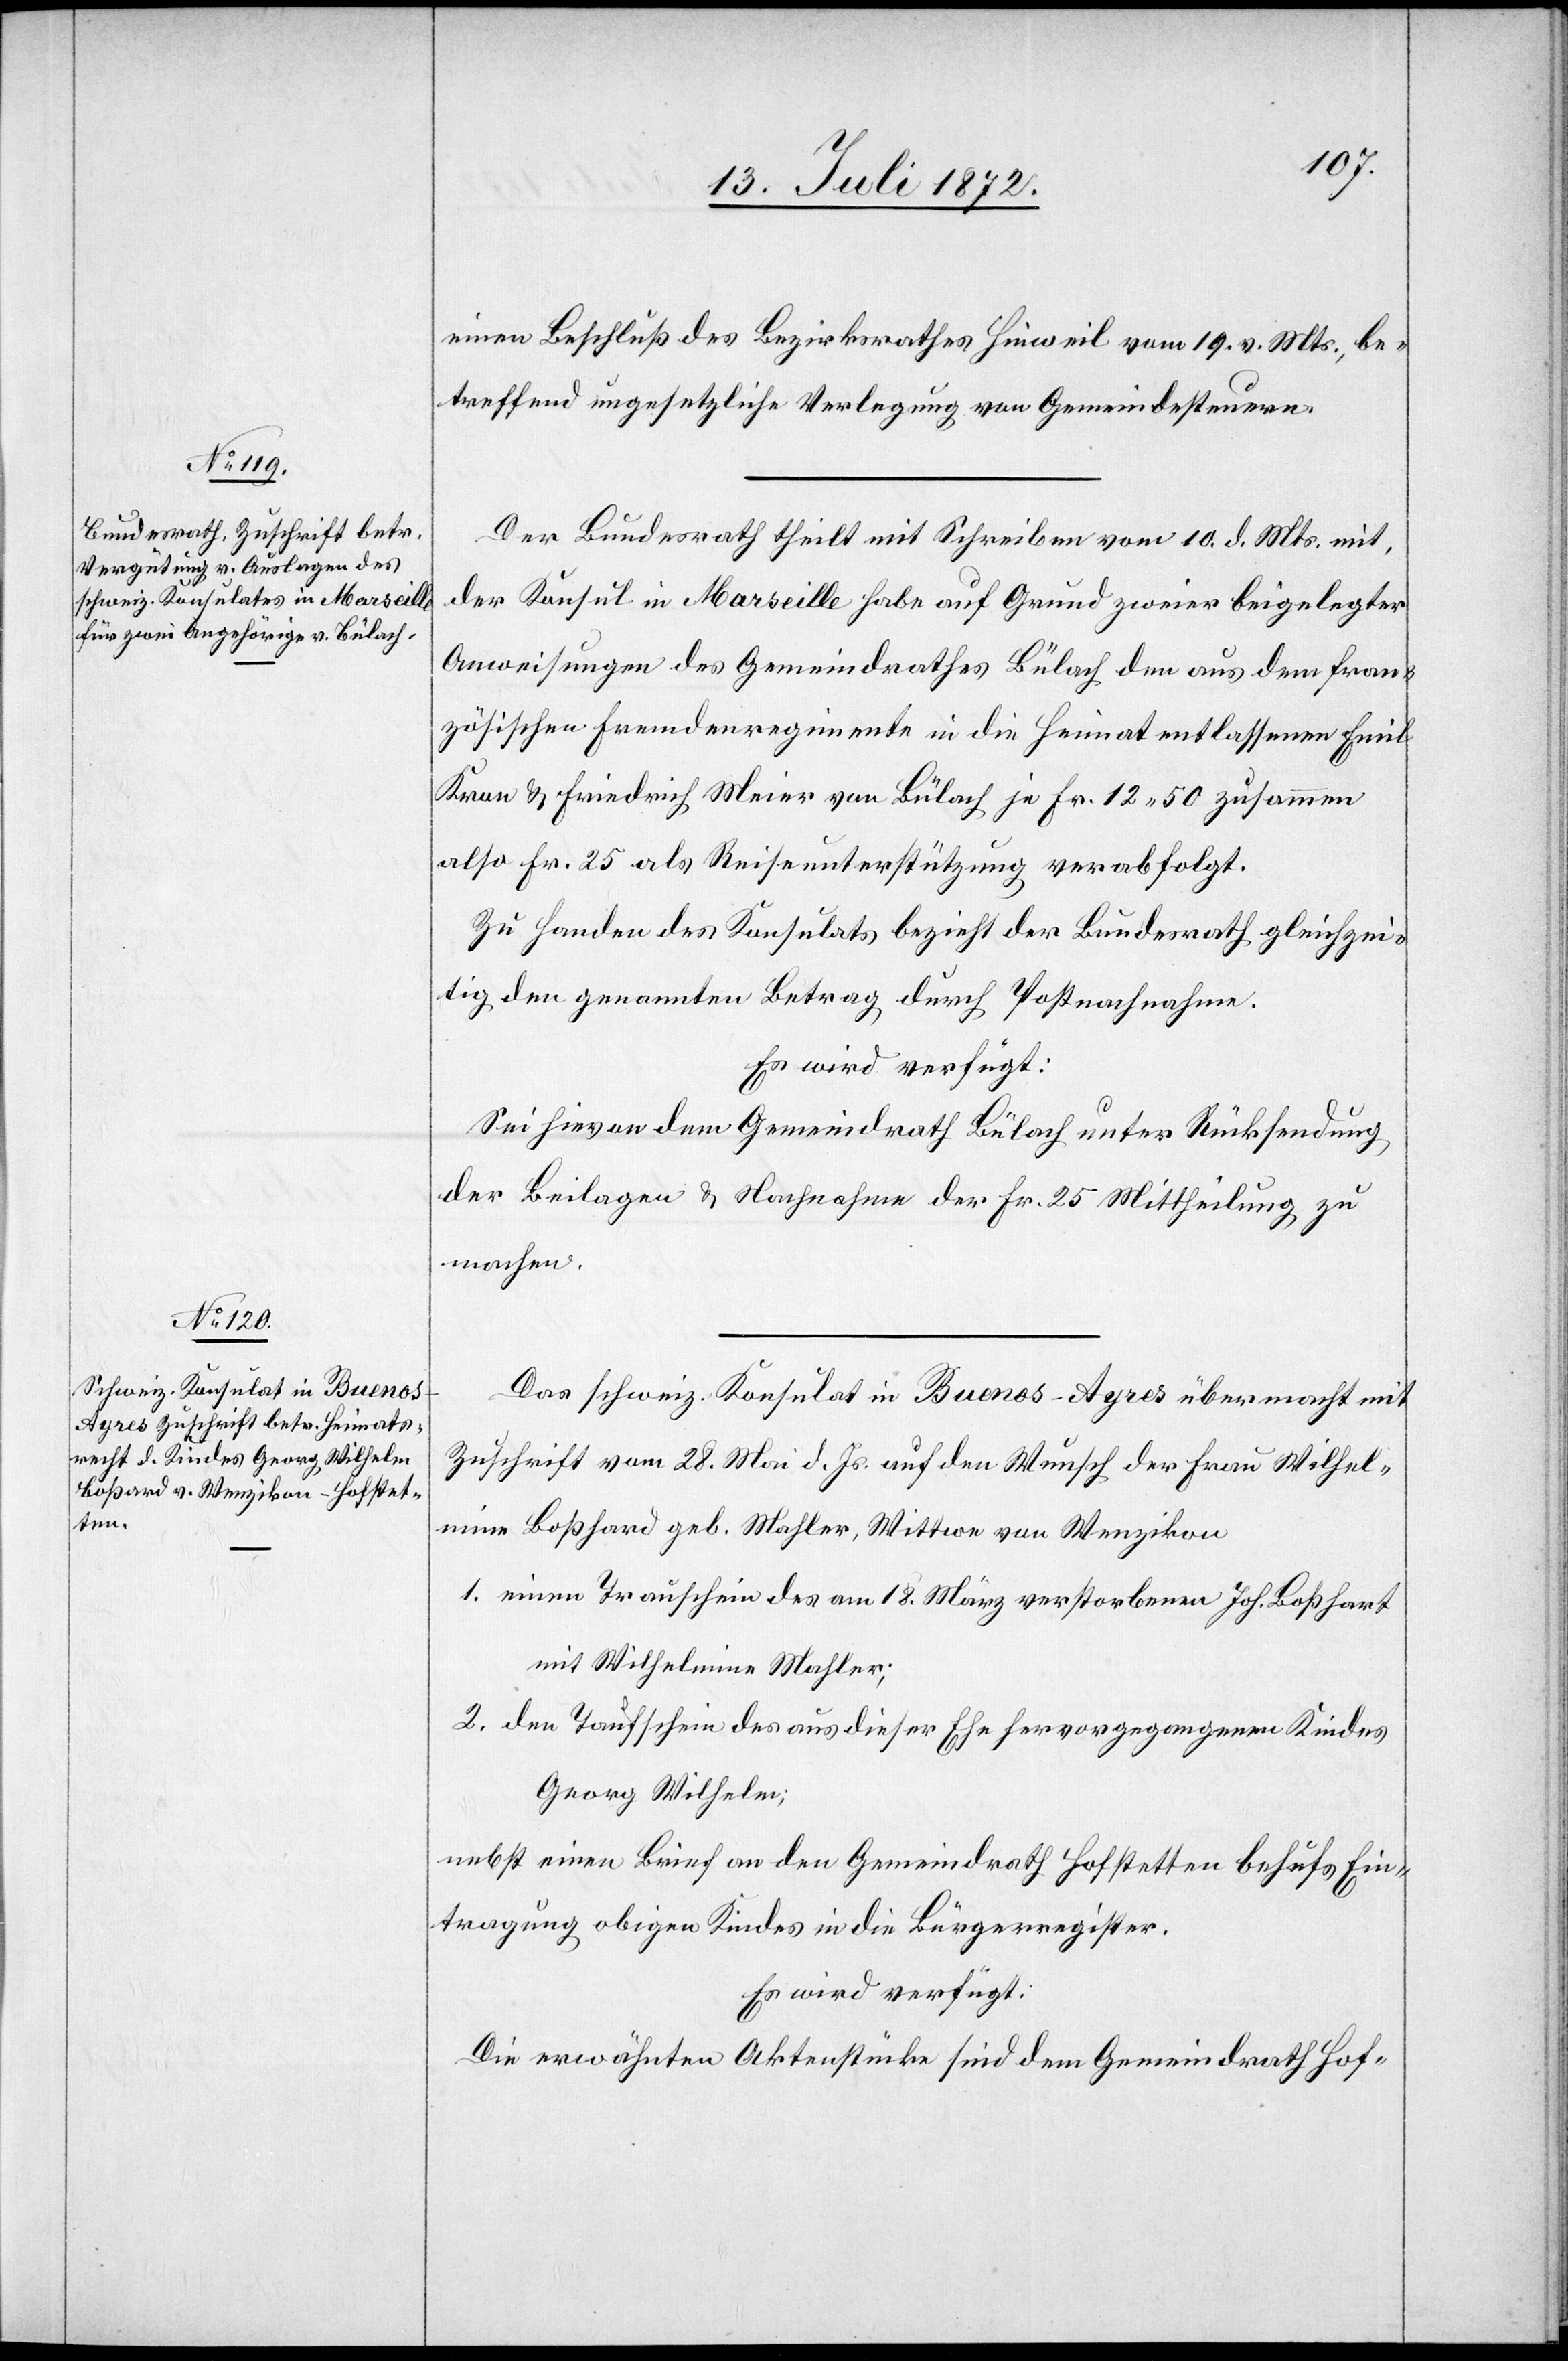
18. Juli 1872.]
einen Beschluß des Bezirksrathes Hinweil vom 19. v. Mts., be¬
treffend ungesetzliche Verlegung von Gemeindesteuern.
Der Bundesrath theilt mit Schreiben vom 10. d. Mts. mit,
der Konsul in Marseille habe auf Grund zweier beigelegter
Anweisungen des Gemeindrathes Bülach den aus dem fran¬
zösischen Fremdenregimente in die Heimat entlassenen Emil
Kron u. Friedrich Meier von Bülach je Fr. 12 50 zusammen
also Fr. 25 als Reiseunterstützung verabfolgt.
Zu Handen des Konsulats bezieht der Bundesrath gleichzei¬
tig den genannten Betrag durch Postnachnahme:
Es wird verfügt:
Sei hievon dem Gemeindrath Bülach unter Rücksendung
der Beilagen u. Nachnahme der Fr. 25 Mittheilung zu
machen.
Das schweiz. Konsulat in Buenos-Ayres übermacht mit
Zuschrift vom 28. Mai d. Js. auf den Wunsch der Frau Wilhel¬
mine Boßhard [sic!] geb. Mahler, Wittwe von Wenzikon
1. einen Trauschein des am 18. März verstorbenen Joh. Boßhart
mit Wilhelmine Mahler;
2. den Taufschein des aus dieser Ehe hervorgegangenen Kindes
Georg Wilhelm;
nebst einen Brief an den Gemeindrath Hofstetten behufs Ein¬
tragung obigen Kindes in die Bürgerregister.
Es wird verfügt:
Die erwähnten Aktenstücke sind dem Gemeindrath Hof-